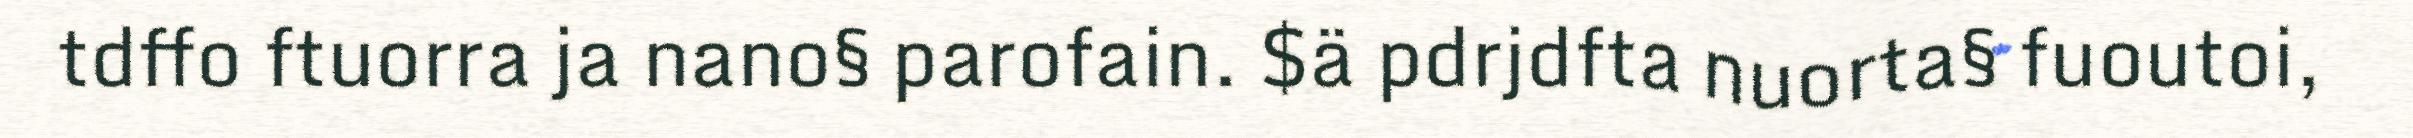
tdffo ftuorra ja nano§ parofain. $ä pdrjdfta nuorta§ fuoutoi,